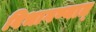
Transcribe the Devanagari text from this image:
विभागण्यात्